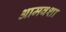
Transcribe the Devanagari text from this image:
आमवशा